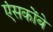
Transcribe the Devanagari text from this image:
एंसकोंबे